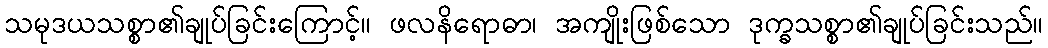
သမုဒယသစ္စာ၏ချုပ်ခြင်းကြောင့်။ ဖလနိရောဓာ၊ အကျိုးဖြစ်သော ဒုက္ခသစ္စာ၏ချုပ်ခြင်းသည်။